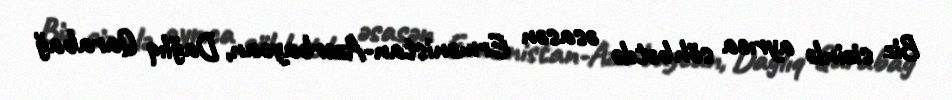
Biz sizinlə ayrıca söhbətdə əsasən Ermənistan-Azərbaycan, Dağlıq Qarabağ